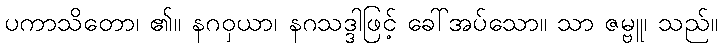
ပကာသိတော၊ ၏။ နဂဝှယာ၊ နဂသဒ္ဒါဖြင့် ခေါ်အပ်သော။ သာ ဇမ္ဗူ၊ သည်။